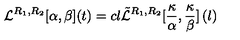
\mathcal { L } ^ { R _ { 1 } , R _ { 2 } } [ \alpha , \beta ] ( t ) = c l \tilde { \mathcal { L } } ^ { R _ { 1 } , R _ { 2 } } [ \frac { \kappa } { \alpha } , \frac { \kappa } { \beta } ] \left( l \right)